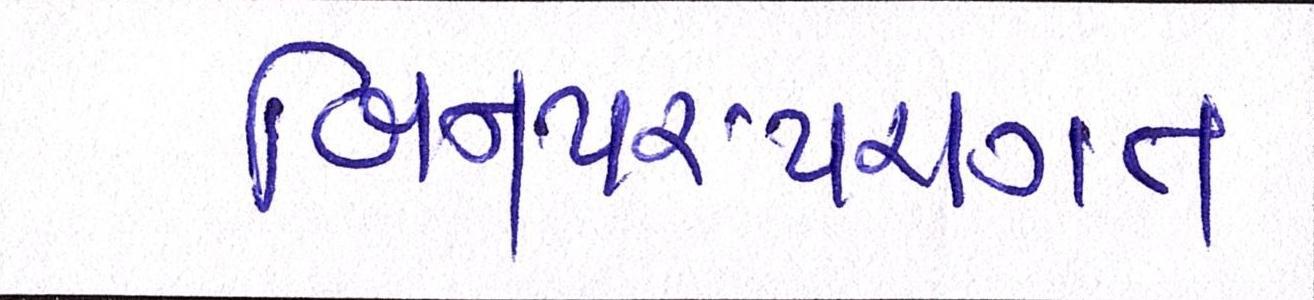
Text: બિનપરંપરાગત